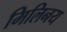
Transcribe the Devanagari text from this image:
मिलिनय